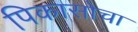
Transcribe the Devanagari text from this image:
पिकासोचा